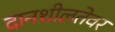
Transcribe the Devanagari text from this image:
दानशीलतेवर